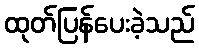
ထုတ်ပြန်ပေးခဲ့သည်